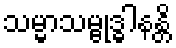
သမ္မာသမ္ဗုဒ္ဓါနန္တိ